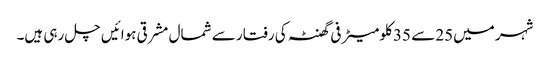
شہر میں25 سے 35 کلومیٹر فی گھنٹہ کی رفتار سے شمال مشرقی ہوائیں چل رہی ہیں۔